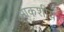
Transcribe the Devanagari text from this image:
आकशीय